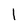
Character: l